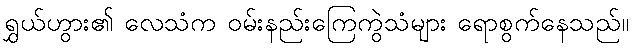
ရွှယ်ဟွား၏ လေသံက ဝမ်းနည်းကြေကွဲသံများ ရောစွက်နေသည်။